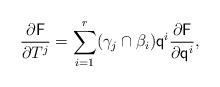
LaTeX: \begin{align*}\frac{\partial \mathsf{F}}{\partial T^{j}}= \sum_{i=1}^r (\gamma_j\cap \beta_i) \mathsf{q}^i\frac{\partial \mathsf{F}}{\partial \mathsf{q}^i},\end{align*}